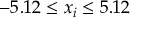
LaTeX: - 5 . 1 2 \leq x _ { i } \leq 5 . 1 2